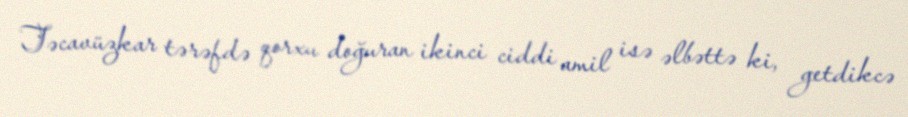
Təcavüzkar tərəfdə qorxu doğuran ikinci ciddi amil isə əlbəttə ki, getdikcə